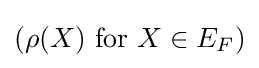
{\textstyle (\rho (X){\mbox{ for }}X\in E_{F})}